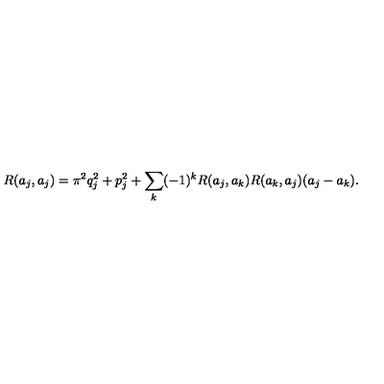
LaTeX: R ( a _ { j } , a _ { j } ) = \pi ^ { 2 } q _ { j } ^ { 2 } + p _ { j } ^ { 2 } + \sum _ { k } ( - 1 ) ^ { k } R ( a _ { j } , a _ { k } ) R ( a _ { k } , a _ { j } ) ( a _ { j } - a _ { k } ) .